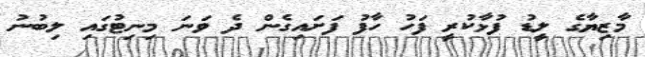
މާޒިޔާގެ ލީޑު ފުޅާކުރީ ފަހު ހާފު ފަށައިގެން ދެ ވަނަ މިނިޓުގައި ލިބުނު